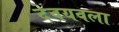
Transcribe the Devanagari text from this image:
देवयवला